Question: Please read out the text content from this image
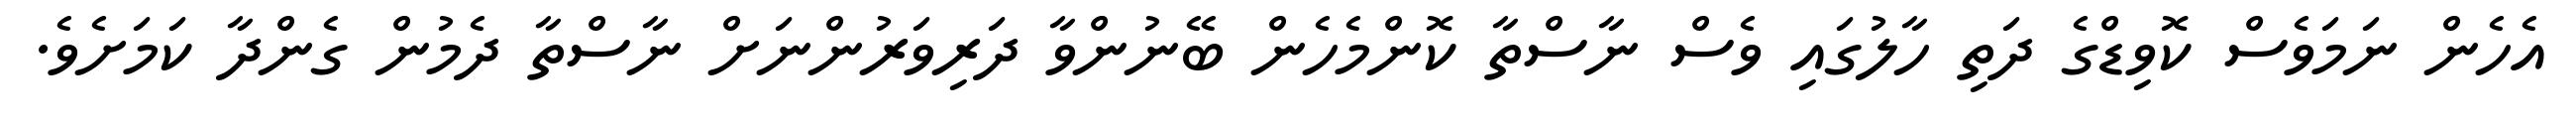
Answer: އެހެން ނަމަވެސް ކޮވިޑްގެ ދަތި ހާލުގައި ވެސް ނާސްތާ ކޮންމެހެން ބޭނުންވާ ދަރިވަރުންނަށް ނާސްތާ ދެމުން ގެންދާ ކަމަށެވެ.